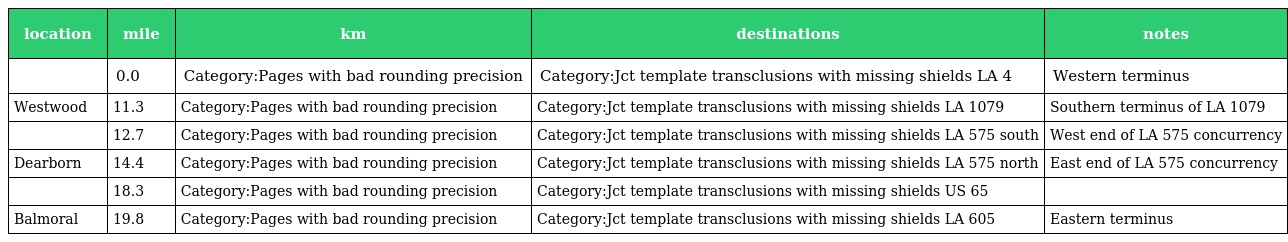
| location | mile | km | destinations | notes |
 | --- | --- | --- | --- | --- |
 |  | 0.0 | Category:Pages with bad rounding precision | Category:Jct template transclusions with missing shields LA 4 | Western terminus |
 | Westwood | 11.3 | Category:Pages with bad rounding precision | Category:Jct template transclusions with missing shields LA 1079 | Southern terminus of LA 1079 |
 |  | 12.7 | Category:Pages with bad rounding precision | Category:Jct template transclusions with missing shields LA 575 south | West end of LA 575 concurrency |
 | Dearborn | 14.4 | Category:Pages with bad rounding precision | Category:Jct template transclusions with missing shields LA 575 north | East end of LA 575 concurrency |
 |  | 18.3 | Category:Pages with bad rounding precision | Category:Jct template transclusions with missing shields US 65 |  |
 | Balmoral | 19.8 | Category:Pages with bad rounding precision | Category:Jct template transclusions with missing shields LA 605 | Eastern terminus |